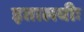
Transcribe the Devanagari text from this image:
इतालवीः